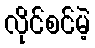
လိုင်စင်မဲ့